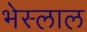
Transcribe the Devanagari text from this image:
भेस्‍लाल